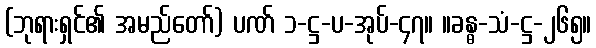
(ဘုရားရှင်၏ အမည်တော်) ပဏ် ၁-ဋ္ဌ-ပ-အုပ်-၄၇။ ။ခန္ဓ-သံ-ဋ္ဌ-၂၆၅။